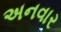
અનવાર